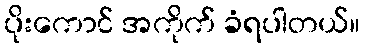
ပိုးကောင် အကိုက် ခံရပါတယ်။